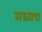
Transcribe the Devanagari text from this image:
मध्यच